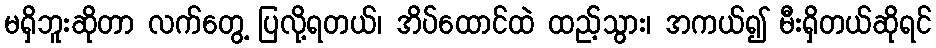
မရှိဘူးဆိုတာ လက်တွေ့ ပြလို့ရတယ်၊ အိပ်ထောင်ထဲ ထည့်သွား၊ အကယ်၍ မီးရှိတယ်ဆိုရင်